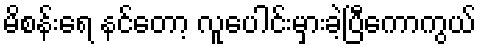
မိစန်းရေ နင်တော့ လူပေါင်းမှားခဲ့ပြီကောကွယ်